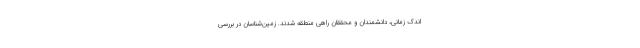
اندک زمانی، دانشمندان و محققان راهی منطقه شدند. زمین‌شناسان در بررسی